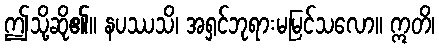
ဤသို့ဆို၏။ နပဿသိ၊ အရှင်ဘုရားမမြင်သလော။ ဣတိ၊